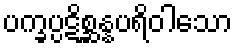
ပက္ခပ္ပဋိစ္ဆန္နပရိဝါသော